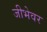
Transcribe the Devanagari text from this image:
जीभेवर